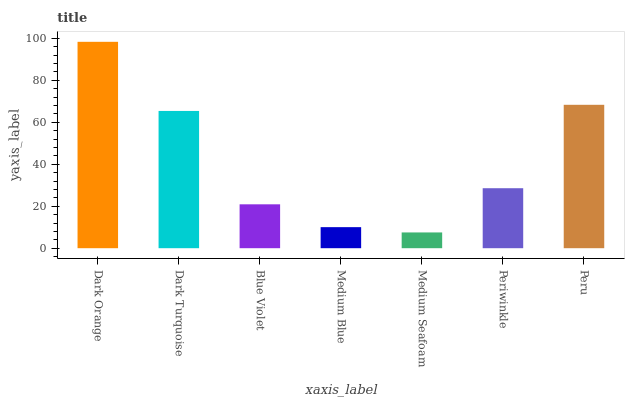
| xaxis_label | bars |
 | --- | --- |
 | Dark Orange | 98.4 |
 | Dark Turquoise | 65.4 |
 | Blue Violet | 20.9 |
 | Medium Blue | 10 |
 | Medium Seafoam | 7.51 |
 | Periwinkle | 28.6 |
 | Peru | 68.4 |